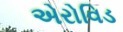
એરોવિડ